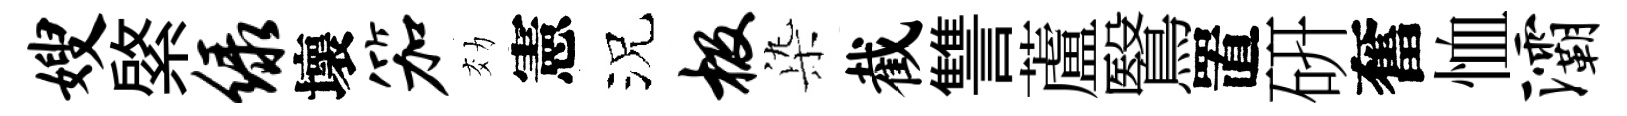
嫂綮绿壞笳効憲況极𣑱截讐蘆鷖置硏奮恤灞